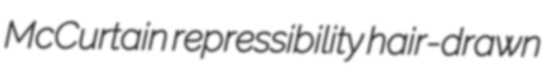
McCurtain repressibility hair-drawn